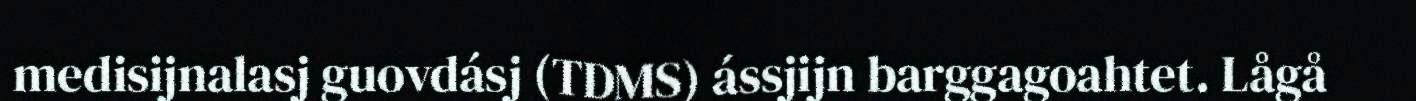
medisijnalasj guovdásj (TDMS) ássjijn barggagoahtet. Lågå